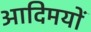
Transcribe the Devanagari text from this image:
आदिमयों